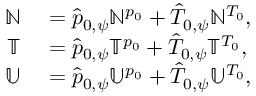
\begin{array} { r l } { \mathbb { N } } & { { } = \hat { p } _ { 0 , \psi } \mathbb { N } ^ { p _ { 0 } } + \hat { T } _ { 0 , \psi } \mathbb { N } ^ { T _ { 0 } } , } \\ { \mathbb { T } } & { { } = \hat { p } _ { 0 , \psi } \mathbb { T } ^ { p _ { 0 } } + \hat { T } _ { 0 , \psi } \mathbb { T } ^ { T _ { 0 } } , } \\ { \mathbb { U } } & { { } = \hat { p } _ { 0 , \psi } \mathbb { U } ^ { p _ { 0 } } + \hat { T } _ { 0 , \psi } \mathbb { U } ^ { T _ { 0 } } , } \end{array}